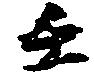
壬